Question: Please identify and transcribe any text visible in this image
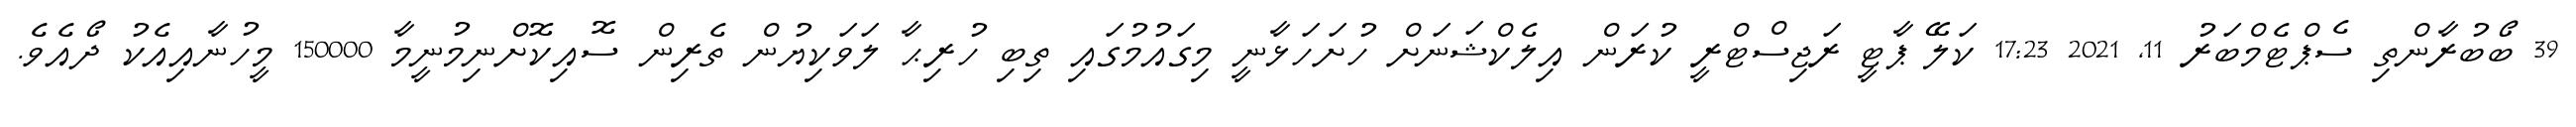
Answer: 39 ބޯބުރާންތި ސެޕްޓެމްބަރު 11, 2021 17:23 ކަލޭ ޕާޓީ ރަޖިސްޓްރީ ކުރަން އިލެކްޝަނަށް ހުށަހަޅާނީ މިގައުމުގައި ތިބި ހުރިޙާ ލަވަކިޔުން ތެރިން ސޮއިކޮށްނިމުނީމާ 150000 މީހުނާއިއެކު ދޯއެވެ.